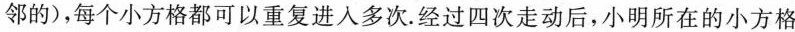
邻的)，每个小方格都可以重复进人多次.经过四次走动后，小明所在的小方格